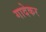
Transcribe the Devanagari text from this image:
गादेकर